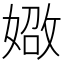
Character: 𪦐